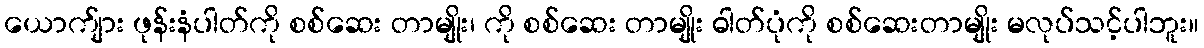
ယောက်ျား ဖုန်းနံပါတ်ကို စစ်ဆေး တာမျိုး၊ ကို စစ်ဆေး တာမျိုး ဓါတ်ပုံကို စစ်ဆေးတာမျိုး မလုပ်သင့်ပါဘူး။